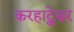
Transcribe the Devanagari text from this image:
करहाट्केश्वर